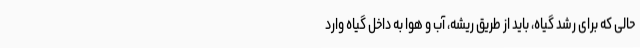
حالی که برای رشد گیاه، باید از طریق ریشه، آب و هوا به داخل گیاه وارد